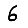
Digit: 6